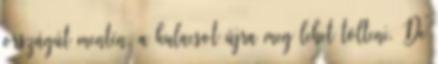
országút mentén, a kulacsot újra meg lehet tölteni. De